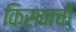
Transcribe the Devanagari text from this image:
किसनची